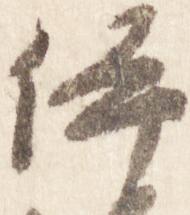
伊